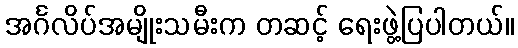
အင်္ဂလိပ်အမျိုးသမီးက တဆင့် ရေးဖွဲ့ပြပါတယ်။